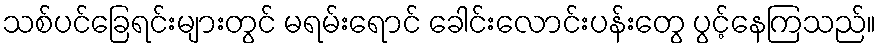
သစ်ပင်ခြေရင်းများတွင် မရမ်းရောင် ခေါင်းလောင်းပန်းတွေ ပွင့်နေကြသည်။